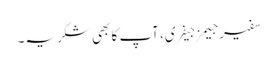
سفیر جیمز جیفری، آپ کا بھی شکریہ۔